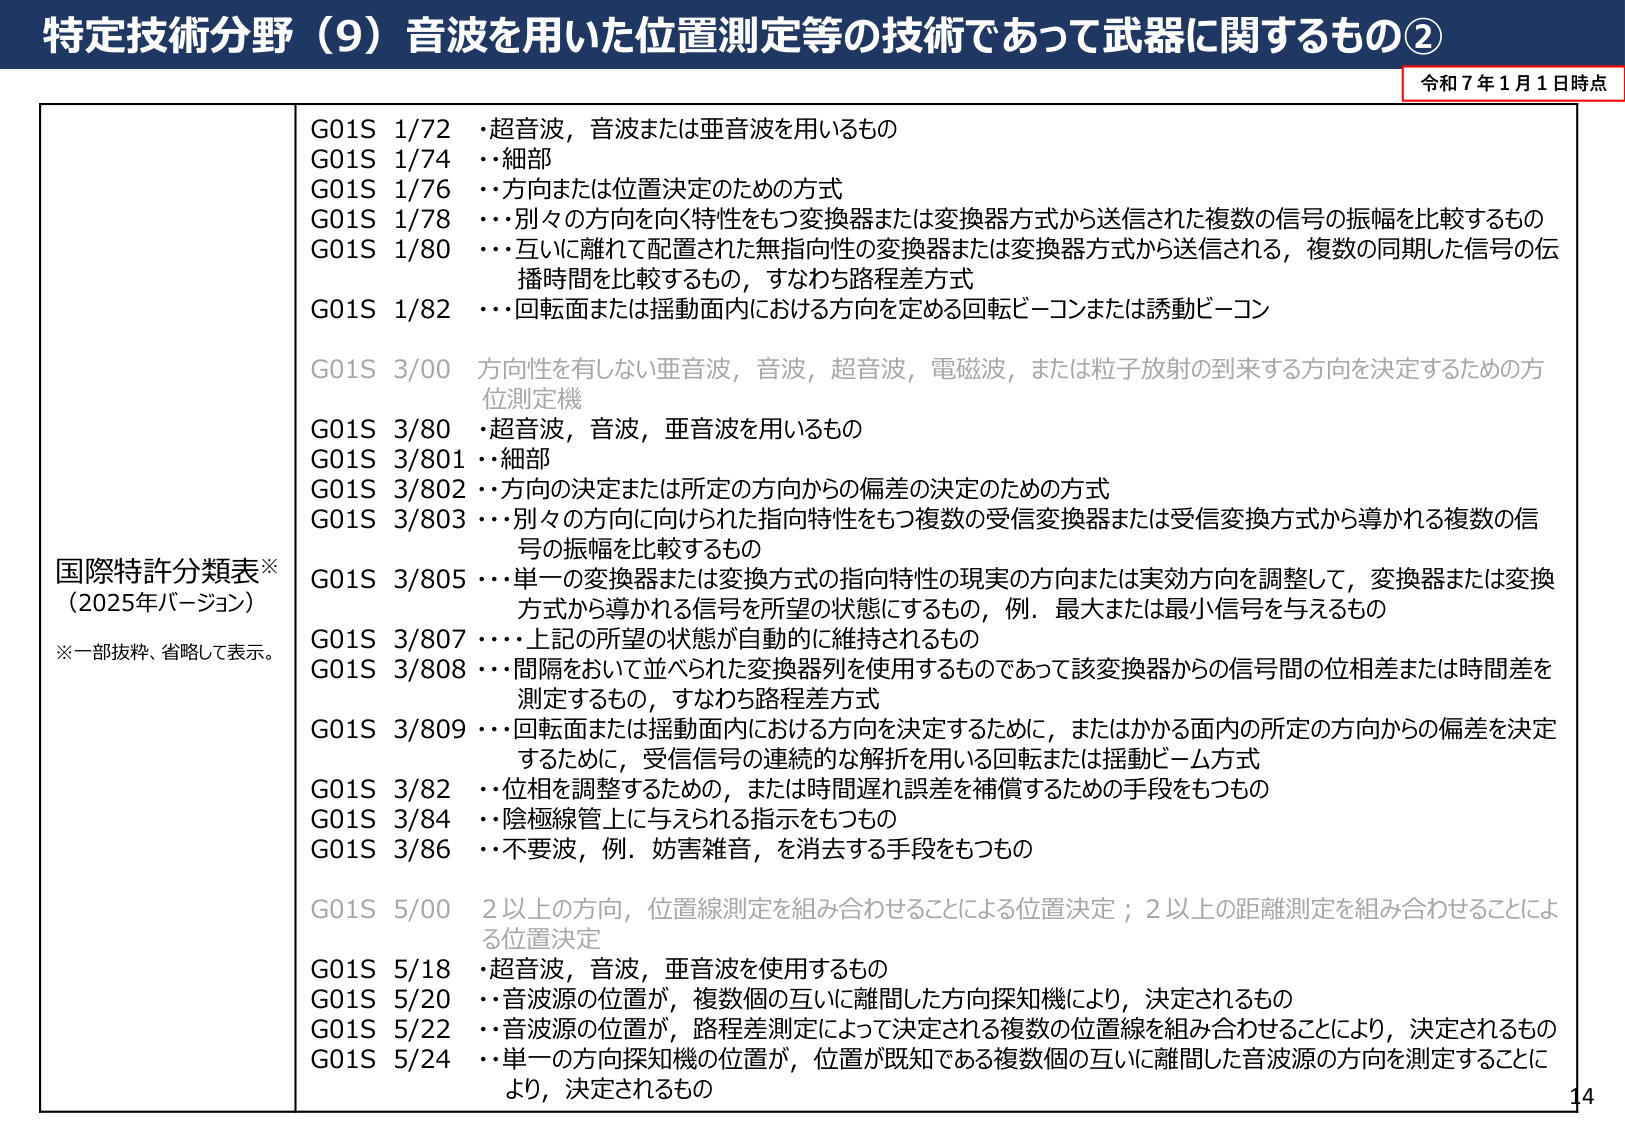
特定技術分野（9）音波を用いた位置測定等の技術であって武器に関するもの②

令和7年1月1日時点

国際特許分類表※
（2025年バージョン）
※一部抜粋、省略して表示。

G01S 1/72 ・超音波，音波または亜音波を用いるもの
G01S 1/74 ・・細部
G01S 1/76 ・・方向または位置決定のための方式
G01S 1/78 ・・・別々の方向を向く特性をもつ変換器または変換器方式から送信された複数の信号の振幅を比較するもの
G01S 1/80 ・・・互いに離れて配置された無指向性の変換器または変換器方式から送信される，複数の同期した信号の伝播時間を比較するもの，すなわち路程差方式
G01S 1/82 ・・・回転面または揺動面内における方向を定める回転ビーコンまたは誘動ビーコン

G01S 3/00 方向性を有しない亜音波，音波，超音波，電磁波，または粒子放射の到来する方向を決定するための方位測定機
G01S 3/80 ・超音波，音波，亜音波を用いるもの
G01S 3/801 ・・細部
G01S 3/802 ・・方向の決定または所定の方向からの偏差の決定のための方式
G01S 3/803 ・・・別々の方向に向けられた指向特性をもつ複数の受信変換器または受信変換方式から導かれる複数の信号の振幅を比較するもの
G01S 3/805 ・・・単一の変換器または変換方式の指向特性の現実の方向または実効方向を調整して，変換器または変換方式から導かれる信号を所望の状態にするもの，例．最大または最小信号を与えるもの
G01S 3/807 ・・・・上記の所望の状態が自動的に維持されるもの
G01S 3/808 ・・・間隔をおいて並べられた変換器列を使用するものであって該変換器からの信号間の位相差または時間差を測定するもの，すなわち路程差方式
G01S 3/809 ・・・回転面または揺動面内における方向を決定するために，またはかかる面内の所定の方向からの偏差を決定するために，受信信号の連続的な解析を用いる回転または揺動ビーム方式
G01S 3/82 ・・位相を調整するための，または時間遅れ誤差を補償するための手段をもつもの
G01S 3/84 ・・陰極線管上に与えられる指示をもつもの
G01S 3/86 ・・不要波，例．妨害雑音，を消去する手段をもつもの

G01S 5/00 2以上の方向，位置線測定を組み合わせることによる位置決定；2以上の距離測定を組み合わせることによる位置決定
G01S 5/18 ・超音波，音波，亜音波を使用するもの
G01S 5/20 ・・音波源の位置が，複数個の互いに離間した方向探知機により，決定されるもの
G01S 5/22 ・・音波源の位置が，路程差測定によって決定される複数の位置線を組み合わせることにより，決定されるもの
G01S 5/24 ・・単一の方向探知機の位置が，位置が既知である複数個の互いに離間した音波源の方向を測定することにより，決定されるもの

14